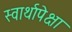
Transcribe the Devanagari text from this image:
स्वार्थापेक्षा